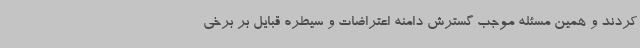
کردند و همین مسئله موجب گسترش دامنه اعتراضات و سیطره قبایل بر برخی